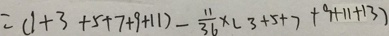
= ( 1 + 3 + 5 + 7 + 9 + 1 1 ) - \frac { 1 1 } { 3 6 } \times ( 3 + 5 + 7 + 9 + 1 1 + 1 3 )